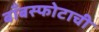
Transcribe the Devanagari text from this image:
बाँबस्फोटाची